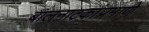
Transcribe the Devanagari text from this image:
बालनाटकांप्रमाणे